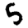
Digit: 5